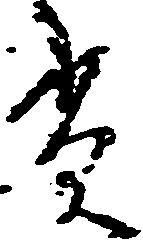
貫